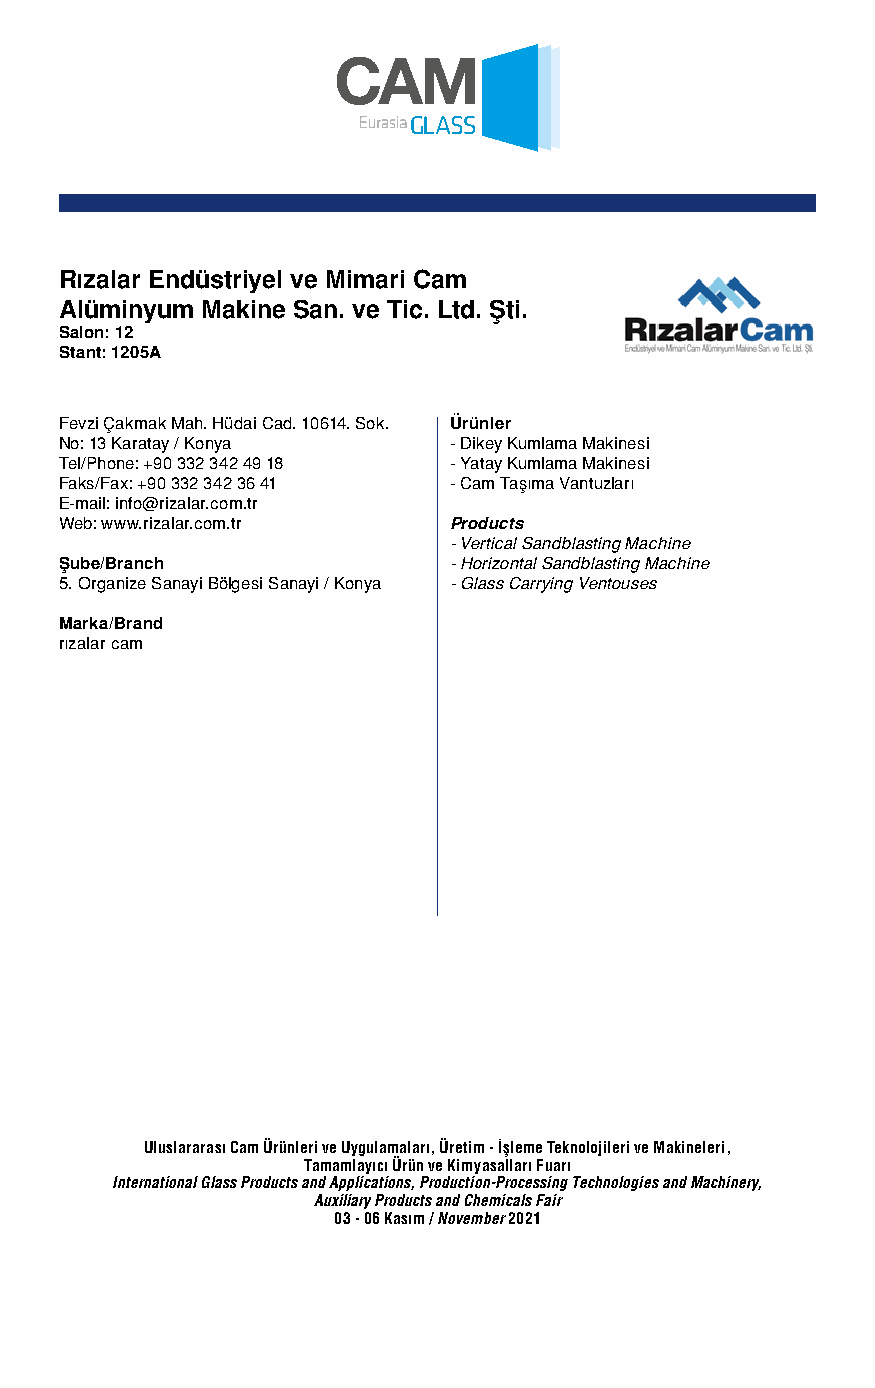
Rızalar Endüstriyel ve Mimari Cam
 Alüminyum Makine San. ve Tic. Ltd. Şti.
 Salon: 12
 Stant: 1205A
 Fevzi Çakmak Mah. Hüdai Cad. 10614. Sok. Ürünler
 No: 13 Karatay / Konya    - Dikey Kumlama Makinesi
 Tel/Phone: +90 332 342 49 18 - Yatay Kumlama Makinesi
 Faks/Fax: +90 332 342 36 41 - Cam Taşıma Vantuzları
 E-mail: info@rizalar.com.tr
 Web: www.rizalar.com.tr   Products
 - Vertical Sandblasting Machine
 Şube/Branch               - Horizontal Sandblasting Machine
 5. Organize Sanayi Bölgesi Sanayi / Konya - Glass Carrying Ventouses
 Marka/Brand
 rızalar cam
 Uluslararası Cam Ürünleri ve Uygulamaları, Üretim - İşleme Teknolojileri ve Makineleri,
 Tamamlayıcı Ürün ve Kimyasalları Fuarı
 International Glass Products and Applications, Production-Processing Technologies and Machinery,
 Auxiliary Products and Chemicals Fair
 03 - 06 Kasım / November 2021